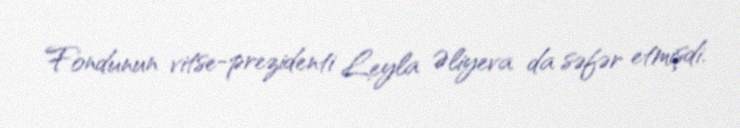
Fondunun vitse-prezidenti Leyla Əliyeva da səfər etmişdi.